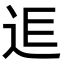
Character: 𨒎